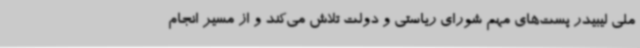
ملی لیبیدر پست‌های مهم شورای ریاستی و دولت تلاش می‌کند و از مسیر انجام